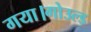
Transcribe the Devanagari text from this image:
गया।गोउल्‍ड